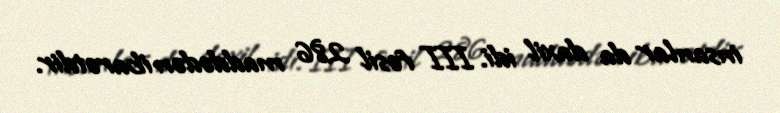
insanlar da daxil idi. III fəsil 286 maddədən ibarətdir.